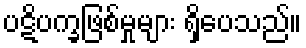
ပဋိပက္ခဖြစ်မှုများ ရှိပေသည်။